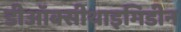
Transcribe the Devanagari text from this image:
डीऑक्सीथाइमिडीन